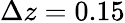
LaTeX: \Delta z=0.15